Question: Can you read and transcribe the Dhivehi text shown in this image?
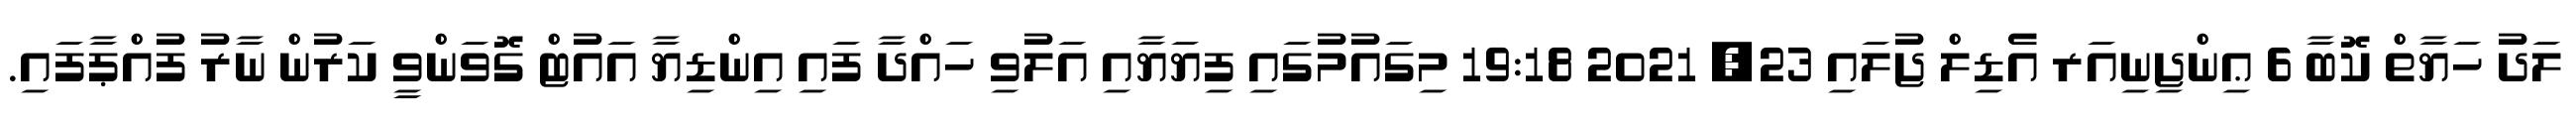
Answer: ލަދު ހަޔާތް ކޮބާ 6 ޢިންޖިނިއަރ އެޑިލް ޖުލައި 23, 2021 19:18 މިގައުމުގައި ފިޔަޔާއި އަލުވި ހައްދާ ފައި އިންޑިޔާ އައުޓް ގޮވަންވީ ކަރުން ނާރު ފުއްޕާފައި.